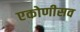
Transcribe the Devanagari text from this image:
एकोणीसव